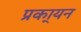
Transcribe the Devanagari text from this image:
प्रका्यन